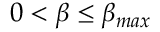
0 < \beta \leq \beta _ { m a x }